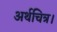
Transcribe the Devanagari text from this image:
अर्थचित्र।